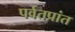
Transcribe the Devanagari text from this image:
पर्वतप्रांत